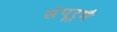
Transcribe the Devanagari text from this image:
संपूर्णै